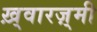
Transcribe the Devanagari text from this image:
ख़्वारज़्मी